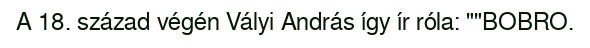
A 18. század végén Vályi András így ír róla: ""BOBRO.